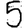
Digit: 5